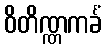
ဝိတိဏ္ဏကင်္ခံ